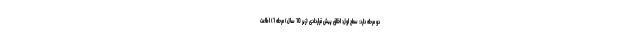
دو مرحله دارد: سطح اول: اخلاق پیش قراردادی (زیر 10 سال) مرحله 1) اطاعت